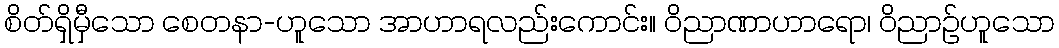
စိတ်ရှိမှီသော စေတနာ-ဟူသော အာဟာရလည်းကောင်း။ ဝိညာဏာဟာရော၊ ဝိညာဉ်ဟူသော